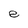
Character: e